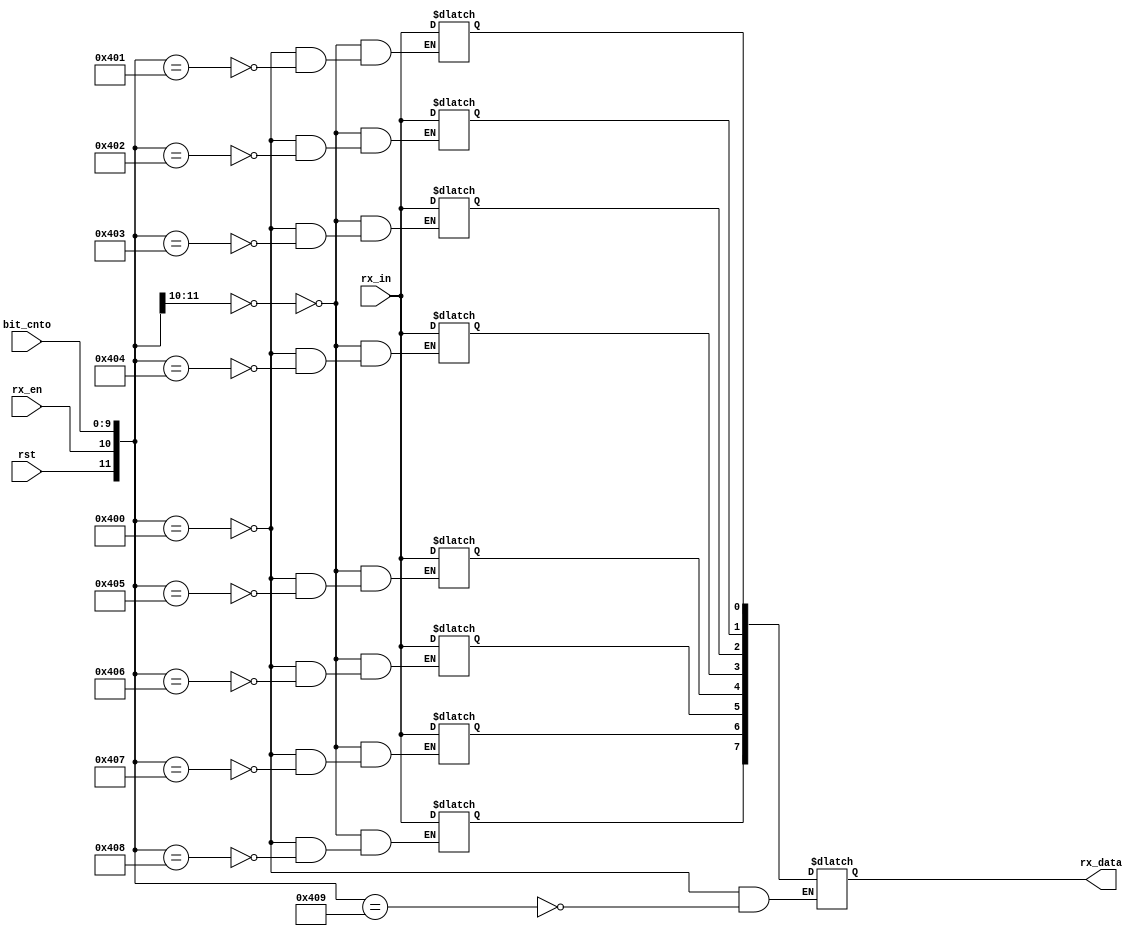
module rx_dp
(
	input wire			rst,
	input wire			rx_en,
	input wire			rx_in,
	input wire [9:0]  bit_cnto,
	
	output reg	[7:0] rx_data
);

reg d0;
reg d1;
reg d2;
reg d3;
reg d4;
reg d5;
reg d6;
reg d7;

always @ *
begin

	casex ({rst, rx_en, bit_cnto})
	
	{1'b1, 1'bx, 10'dx, 1'bx}: {rx_data, d0, d1, d2, d3, d4, d5, d6, d7} = {8'dx, 1'dx, 1'dx, 1'dx, 1'dx, 1'dx, 1'dx, 1'dx, 1'dx};
	
	{1'b0, 1'b0, 10'dx}: {d0, d1, d2, d3, d4, d5, d6, d7} = {1'dx, 1'dx, 1'dx, 1'dx, 1'dx, 1'dx, 1'dx, 1'dx};
	
	{1'b0, 1'b1, 10'd0}: {rx_data, d0, d1, d2, d3, d4, d5, d6, d7} = {8'dx, 1'dx, 1'dx, 1'dx, 1'dx, 1'dx, 1'dx, 1'dx, 1'dx};
	
	{1'b0, 1'b1, 10'd1}: d0 <= rx_in;
	{1'b0, 1'b1, 10'd2}: d1 <= rx_in;
	{1'b0, 1'b1, 10'd3}: d2 <= rx_in;
	{1'b0, 1'b1, 10'd4}: d3 <= rx_in;
	{1'b0, 1'b1, 10'd5}: d4 <= rx_in;
	{1'b0, 1'b1, 10'd6}: d5 <= rx_in;
	{1'b0, 1'b1, 10'd7}: d6 <= rx_in;
	{1'b0, 1'b1, 10'd8}: d7 <= rx_in;
	{1'b0, 1'b1, 10'd9}: rx_data <= {d7, d6, d5, d4, d3, d2, d1, d0};
	
	endcase
	
end

endmodule